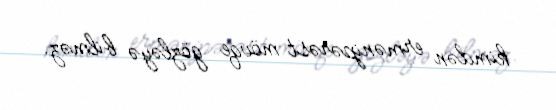
kimdən ermənipərəst mövqe gözləyə bilməz.